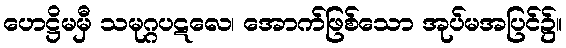
ဟေဋ္ဌိမမှီ သမုဂ္ဂပဋလေ၊ အောက်ဖြစ်သော အုပ်မအပြင်၌။